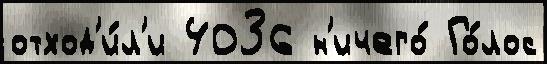
отход'и́л'и 4036 н'ичего́ Го́лос